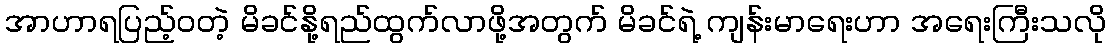
အာဟာရပြည့်ဝတဲ့ မိခင်နို့ရည်ထွက်လာဖို့အတွက် မိခင်ရဲ့ ကျန်းမာရေးဟာ အရေးကြီးသလို